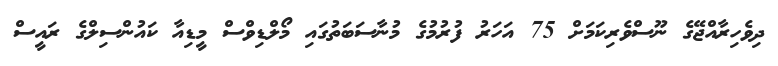
ދިވެހިރާއްޖޭގެ ނޫސްވެރިކަމަށް 75 އަހަރު ފުރުމުގެ މުނާސަބަތުގައި މޯލްޑިވްސް މީޑިއާ ކައުންސިލްގެ ރައީސް